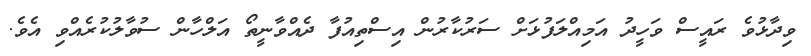
ވިދާޅުވެ ރައީސް ވަހީދު އަމިއްލަފުޅަށް ސަރުކާރުން އިސްތިއުފާ ދެއްވާނީތޯ އަލްހާން ސުވާލުކުރެއްވި އެވެ.